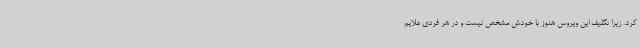
کرد. زیرا تکلیف این ویروس هنوز با خودش مشخص نیست و در هر فردی علایم